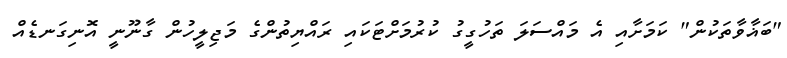
"ބަޣާވާތަކުން" ކަމަށާއި އެ މައްސަލަ ތަހުގީގު ކުރުމަށްޓަކައި ރައްޔިތުންގެ މަޖިލީހުން ގާނޫނީ އޮނިގަނޑެއް